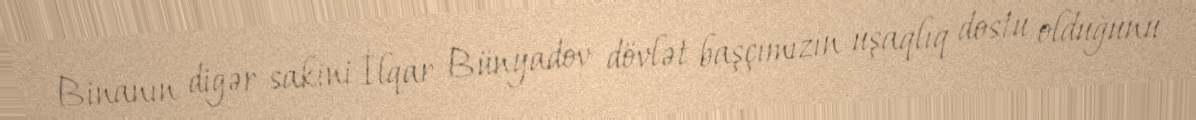
Binanın digər sakini İlqar Bünyadov dövlət başçımızın uşaqlıq dostu olduğunu